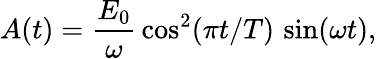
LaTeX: A(t)=\frac{E_{0}}{\omega}\, \cos^{2}(\pi t/T)\, \sin(\omega t),